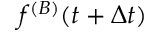
f ^ { ( B ) } ( t + \Delta t )